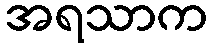
အရသာက